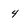
Character: 4